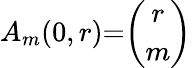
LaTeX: A_{m}(0,r){=}{\binom{r}{m}}